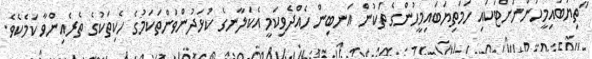
"ތިޔަބައިމީހުންނަށްޓަކައި ހަމަތިޔަބައިމީހުންގެ ތަކުން އަނބިން ހެއްދެވިކަމީ އެކަލާނގެ ކުޅަދުންވަންތަކަމުގެ ހެކިތަކުގެ ތެރެއިންވާ ކަމެކެވެ.